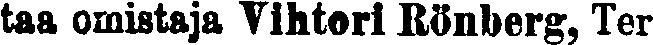
taa omistaja Vihtori Rönberg, Ter